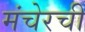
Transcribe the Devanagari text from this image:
मंचेरची